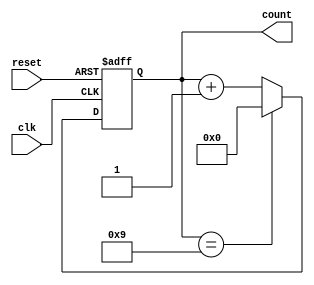
module DecadeCounter (
    input wire clk,
    input wire reset,
    output reg [3:0] count
);

always @(posedge clk or posedge reset) begin
    if (reset) begin
        count <= 4'b0000;
    end else begin
        if (count == 4'b1001) begin
            count <= 4'b0000;
        end else begin
            count <= count + 1;
        end
    end
end

endmodule